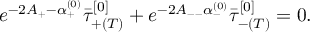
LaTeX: e ^ { - 2 A _ { + } - \alpha _ { + } ^ { ( 0 ) } } \bar { \tau } _ { + ( T ) } ^ { [ 0 ] } + e ^ { - 2 A _ { -- } \alpha _ { - } ^ { ( 0 ) } } \bar { \tau } _ { - ( T ) } ^ { [ 0 ] } = 0 .